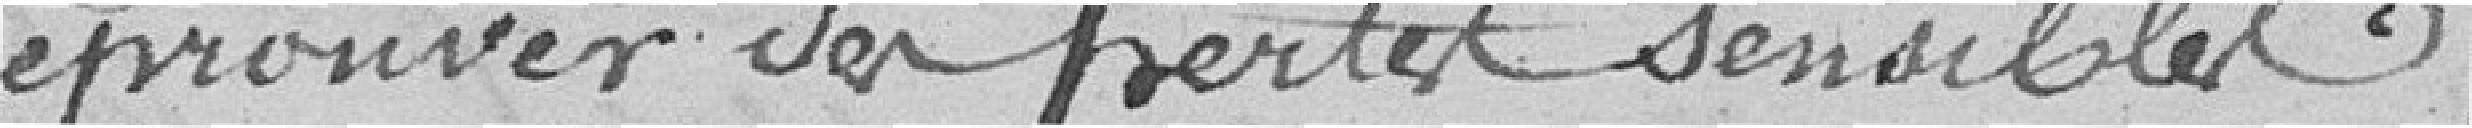
éprouver des pertes sensibles.